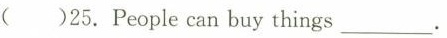
( )25. People can buy things ___